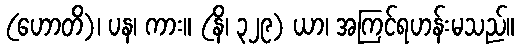
(ဟောတိ)၊ ပန၊ ကား။ (နိ၊ ၃၂၉) ယာ၊ အကြင်ရဟန်းမသည်။